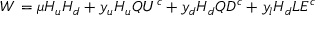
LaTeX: W _ { } ^ { } = \mu H _ { u } H _ { d } + y _ { u } H _ { u } Q U ^ { c } + y _ { d } H _ { d } Q D ^ { c } + y _ { l } H _ { d } L E ^ { c }